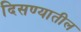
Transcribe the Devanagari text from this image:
दिसण्यातील